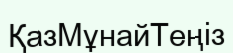
ҚазМұнайТеңіз